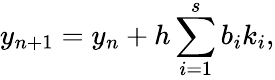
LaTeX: y_{n+1}=y_{n}+h\sum_{i=1}^{s}b_{i}k_{i},